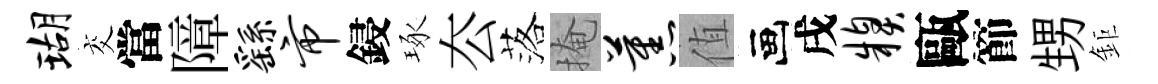
瑚交當障繇市鋟琢厺落掩蕉值画戌糗甌節甥鉅